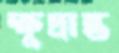
ক্ষুদ্রান্ত